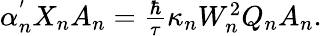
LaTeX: \begin{array}{r}{\alpha_{n}^{'}X_{n}A_{n}=\frac{\hbar}{\tau}\kappa_{n}W_{n}^{2}Q_{n}A_{n}.}\end{array}